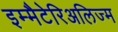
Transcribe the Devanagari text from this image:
इम्मैटेरिअलिज्म